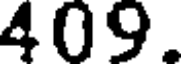
409.